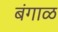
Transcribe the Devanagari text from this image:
बंगाळ